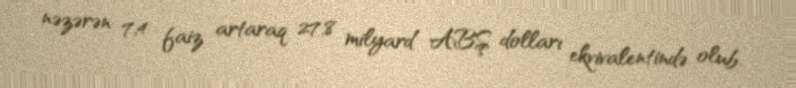
nəzərən 7,4 faiz artaraq 27,8 milyard ABŞ dolları ekvivalentində olub.